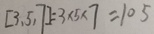
[ 3 , 5 , 7 ] = 3 \times 5 \times 7 = 1 0 5